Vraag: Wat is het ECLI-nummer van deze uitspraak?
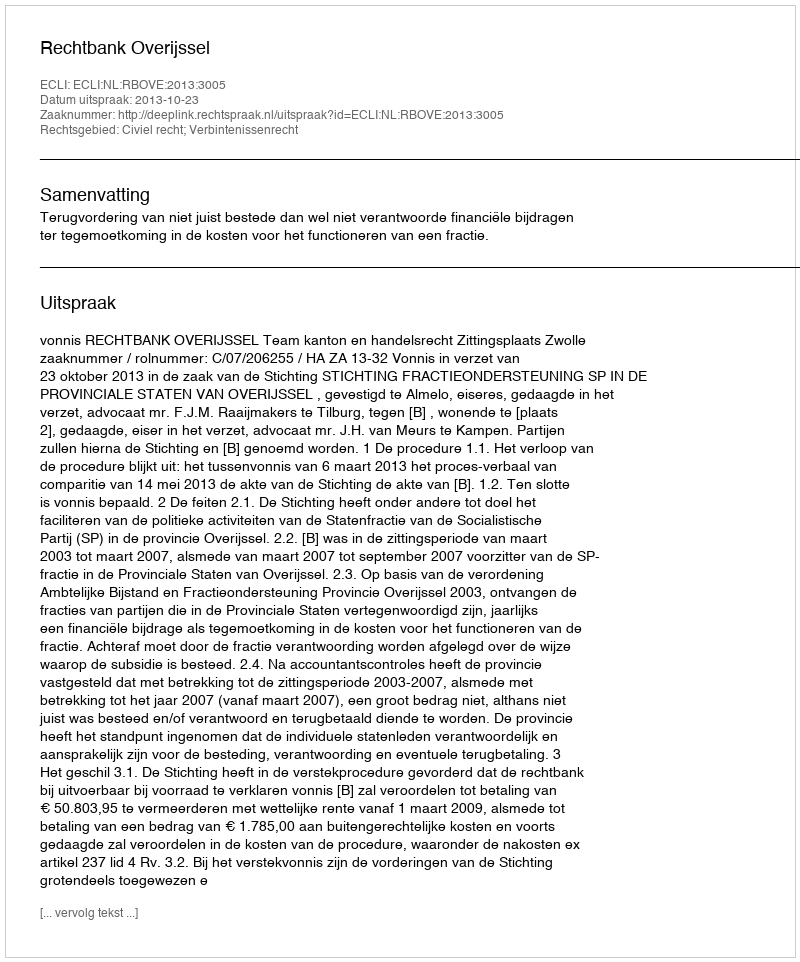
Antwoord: ECLI:NL:RBOVE:2013:3005